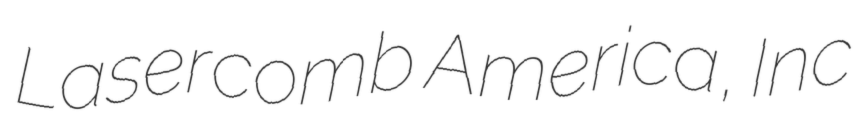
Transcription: Lasercomb America, Inc